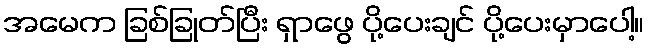
အမေက ခြစ်ခြုတ်ပြီး ရှာဖွေ ပို့ပေးချင် ပို့ပေးမှာပေါ့။